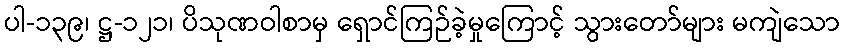
ပါ-၁၃၉၊ ဋ္ဌ-၁၂၁၊ ပိသုဏဝါစာမှ ရှောင်ကြဉ်ခဲ့မှုကြောင့် သွားတော်များ မကျဲသော